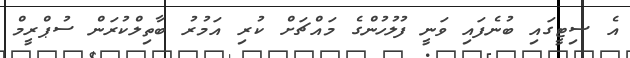
އެ ސިޓީގައި ބުނެފައި ވަނީ ފުލުހުންގެ މައްޗަށް ކުރި އަމުރު ބާތިލްކުރަން ސުޕްރީމް